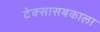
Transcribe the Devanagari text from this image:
टेक्सासबकाला